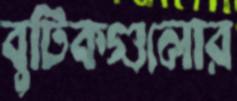
বুটিকগুলোর